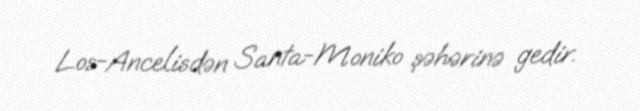
Los-Ancelisdən Santa-Moniko şəhərinə gedir.